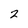
Character: 2